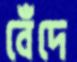
বেঁদে